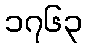
၁၇၆၃